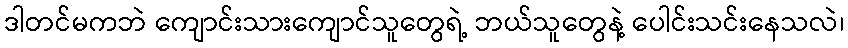
ဒါတင်မကဘဲ ကျောင်းသားကျောင်သူတွေရဲ့ ဘယ်သူတွေနဲ့ ပေါင်းသင်းနေသလဲ၊